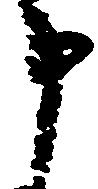
申